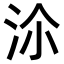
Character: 𣳅